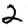
Digit: 2